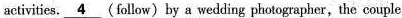
activities. \underline{ 4 }(follow) by a wedding photographer,the couple